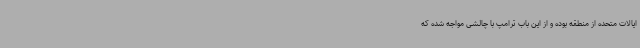
ایالات متحده از منطقه بوده و از این باب ترامپ با چالشی مواجه شده که